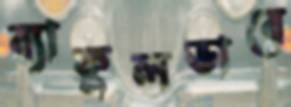
ব্যাকুলভাবে